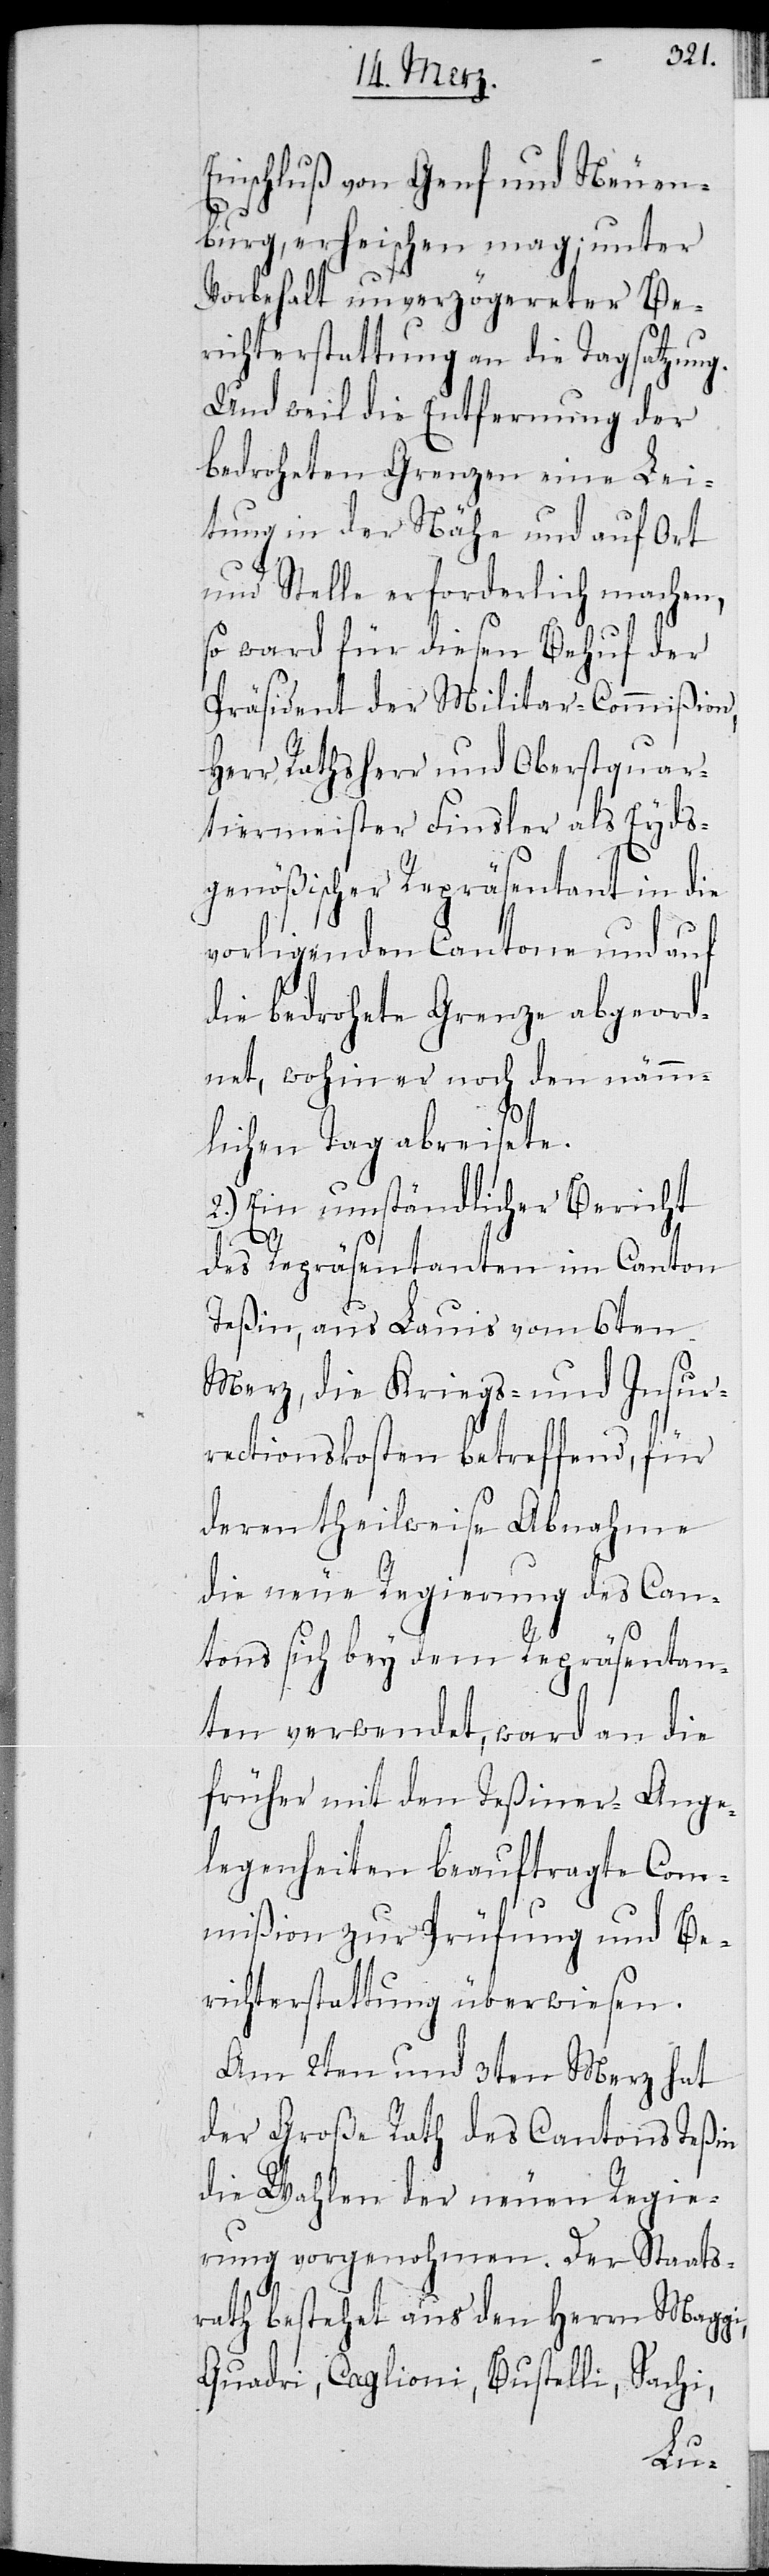
Einschluß von Genf und Neuen¬
burg, erheischen mag; unter
Vorbehalt unverzögereter Be¬
richterstattung an die Tagsatzung.
Und weil die Entfernung der
bedrohten Grenzen eine Lei¬
tung in der Nähe und auf Ort
und Stelle erforderlich machen,
so ward für diesen Behuf der
Präsident der Militar-Commißion,
Herr Rathsherr und Oberstquar¬
tiermeister Finsler als Eyds¬
genößischer Repräsentant in die
vorligenden Cantone und auf
die bedrohete Grenze abgeord¬
net, wohin er noch den nämm¬
lichen Tag abreiste.
2.) Ein umständlicher Bericht
des Repräsentanten im Canton
Teßin, aus Lauis vom 6ten
Merz, die Kriegs- und Insur¬
rectionskosten betreffend, für
deren theilweise Abnahme
die neue Regierung des Can¬
tons sich bey dem Repräsentan¬
ten verwendet, ward an die
früher mit den Teßiner-Ange¬
legenheiten beauftragte Com¬
mißion zur Prüfung und Be¬
richterstattung überwiesen.
Am 2ten und 3ten Merz hat
der Große Rath des Cantons Teßin
die Wahlen der neuen Regie¬
rung vorgenohmen. Der Staats¬
rath bestehet aus den Herrn Maggi,
Quadri, Caglioni, Bustelli, Sachi,